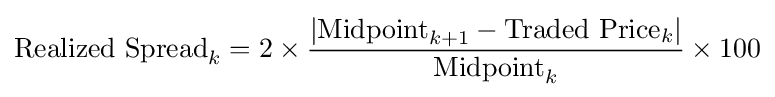
{\text{Realized Spread}}_{k}=2\times {\frac {|{\hbox{Midpoint}}_{k+1}-{\hbox{Traded Price}}_{k}|}{{\hbox{Midpoint}}_{k}}}\times 100